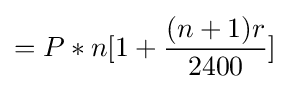
=P*n[1+{\frac {(n+1)r}{2400}}]